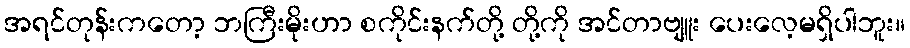
အရင်တုန်းကတော့ ဘကြီးမိုးဟာ စကိုင်းနက်တို့ တို့ကို အင်တာဗျူး ပေးလေ့မရှိပါဘူး။